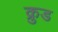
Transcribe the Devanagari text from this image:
क्रुड